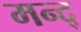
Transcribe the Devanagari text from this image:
मन्द्